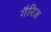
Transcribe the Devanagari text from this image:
गैरिज